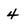
Character: 4